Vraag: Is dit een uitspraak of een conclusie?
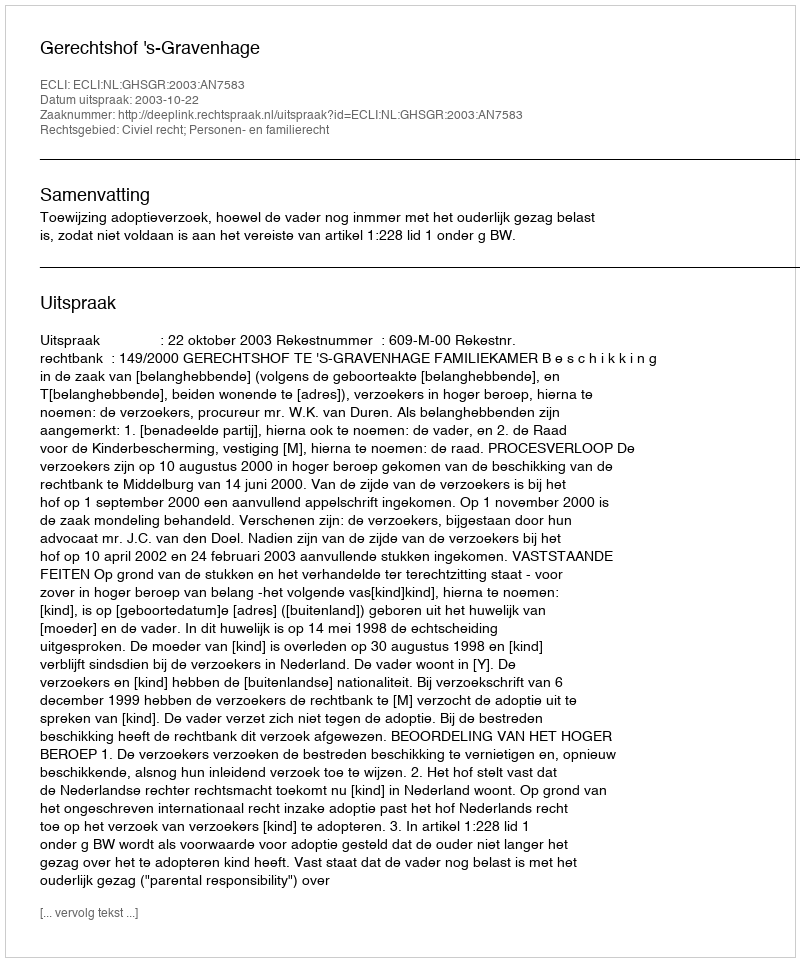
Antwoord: Uitspraak